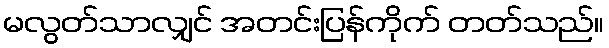
မလွတ်သာလျှင် အတင်းပြန်ကိုက် တတ်သည်။